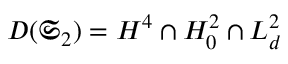
D ( \mathfrak { S } _ { 2 } ) = H ^ { 4 } \cap H _ { 0 } ^ { 2 } \cap L _ { d } ^ { 2 }